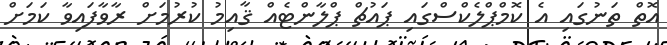
އޮތް ތަނުގައި އެ ކޮމްޕްލެކްސްގައި ޕައުޗް ޕްލާންޓެއް ޤާއިމު ކުރުމަށް ރާވާފައިވާ ކަމަށް